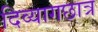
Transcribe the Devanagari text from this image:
दिव्यागछात्र